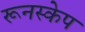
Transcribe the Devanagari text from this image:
रूनस्केप